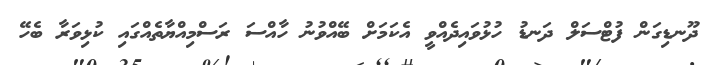
ދޫނޑިގަން ފުޓްސަލް ދަނޑު ހުޅުވައިދެއްވީ އެކަމަށް ބޭއްވުނު ހާއްސަ ރަސްމިއްޔާތެއްގައި ކުޅިވަރާ ބެހޭ